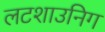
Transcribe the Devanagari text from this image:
लटशाउनिग